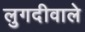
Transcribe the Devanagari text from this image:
लुगदीवाले